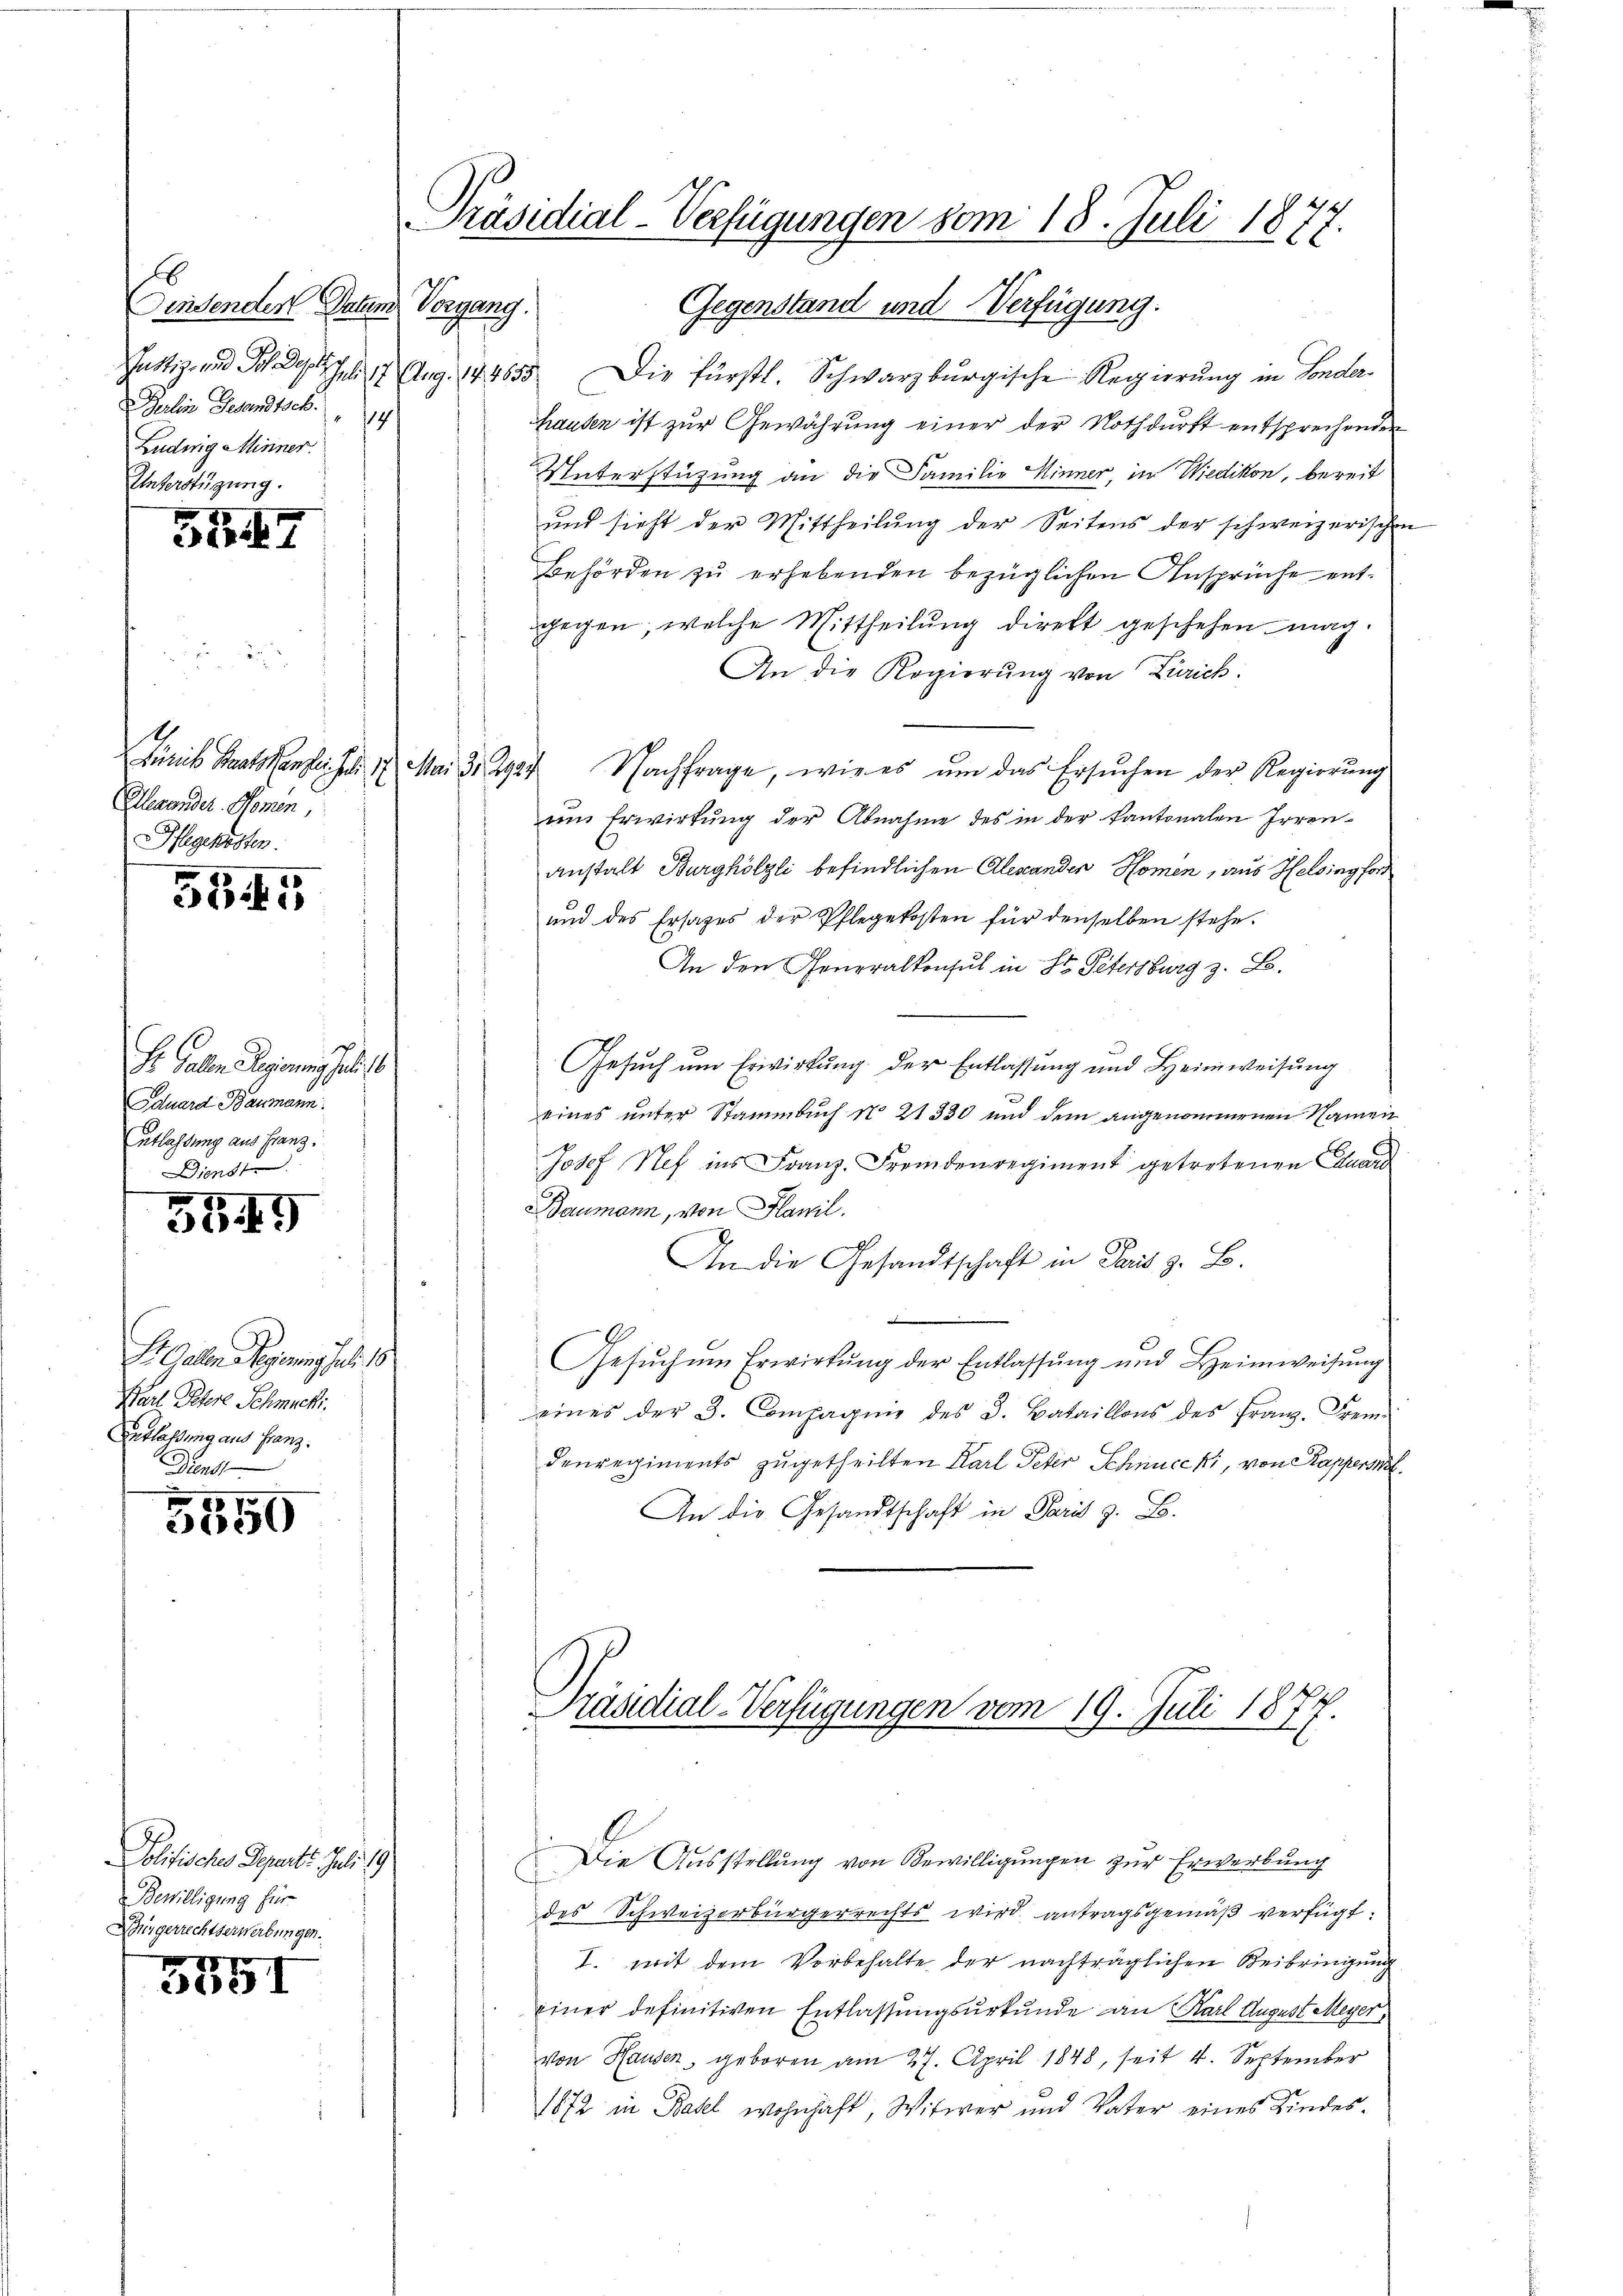
b
Vorgang.
Finsendes Daten.
Justiz- und Joh. Dage
J. 17. Aug. 14. 4655
Jerlin Gesandtsch.
114
Ludwig Minner.
Unterstüzung.

547

Zürich Staatsangen. J. 17. Mai d. 2927.
Alexander Momen
Pflegekosten.

3545

Dr. Galen Regierung geleist
Eduard Baumann
Entlassung aus Franz.
Dienst

534.

S. Gallen Regierung hat 18.
Barl Petere Schmucki.
Entlassung aus Franz.
Dienst

5550

Pobifischer Departe. Juli 19
Bewilligung für
Bürgerrechtserwerbungen.

7
35I

Präsidial-Verfügungen vom 18. Juli 1877.

9.

Die Fürstl. Schwarzburgische Regierung in Sonderhausen ist zur Gewährung einer der Nothdurft entsprechenden
Unterstüzung an die Familie Hinner in Wiedikon, bereit
und sieht der Mittheilung der Seitens der schweizerischen
Behörden zu erhebenden bezüglichen Ansprüche entgegen, welche Mittheilung direkt geschehen mag.
An die Regierung von Zürich.
Nachfrage, wie es ŭm das Ersŭchen der Regierŭng
um Erwirkung der Abnahme des in der kantonalen Irrenanstalt Burghölzli befindlichen Alexanden Homen, aus Helsingfor
und des Ersatzes der Pflegekosten für denselben stehe.
An den Generalkonsul in St. Petersburg z. B.
Gesuch um Erwirkung der Entlassung und Heimweisung
eines unter Stammbuch No. 21330 und dem angenommenen Namen
Josef Nef ins Franz. Fremdenregiment getretenen Eduard
Baumann, von Hanil
.
An die Gesandtschaft in Paris z. B.
Gesŭch ŭm Erwirkung der Entlassŭng und Heimweisŭng
eines der 3. Compagnie des 3. Bataillons des Franz. Frem-
denregiments zugetheilten Karl Peter Schnuccki, von Kappers
An die Gesandtschaft in Paris z. B.
Präsidial-Verfügungen vom 19. Juli 1877.
Die Ausstellung von Bewilligungen zur Erwerbung
des Schweizerbürgerrechts wird antragsgemäß verfügt:
I. mit dem Vorbehalte der nachträglichen Beibringung
einer definitiven Entlassungsurkunde an Karl August Meyer,
von Hausen, geboren am 27. April 1848, seit 4. September
1872 in Basel wohnhaft, Witwer und Vater eines Kindes¬